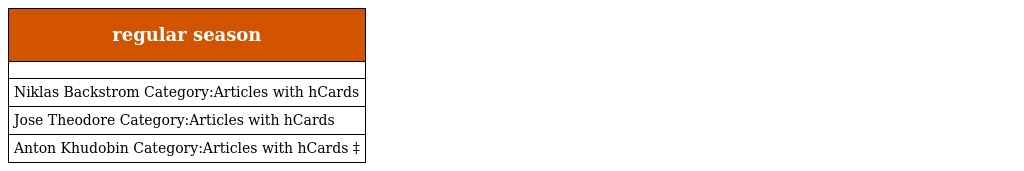
| regular season |
 | --- |
 |  |
 | Niklas Backstrom Category:Articles with hCards |
 | Jose Theodore Category:Articles with hCards |
 | Anton Khudobin Category:Articles with hCards ‡ |